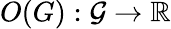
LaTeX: O(G):\mathcal{G}\rightarrow\mathbb{R}